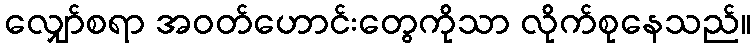
လျှော်စရာ အဝတ်ဟောင်းတွေကိုသာ လိုက်စုနေသည်။